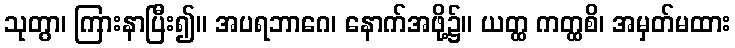
သုတွာ၊ ကြားနာပြီး၍။ အပရဘာဂေ၊ နောက်အဖို့၌။ ယတ္ထ ကတ္ထစိ၊ အမှတ်မထား